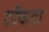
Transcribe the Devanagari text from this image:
ठोंकता